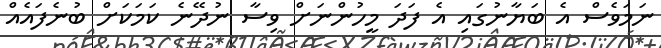
ނަމަވެސް އެ ބަޔާނުގައި އެ ފަދަ މީހުންނަށް ވިސާ ނުދޭނެ ކަމަކަށް ބުނެފައެއް